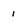
Character: i